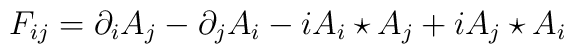
F_{ij} = \partial_i A_j-\partial_jA_i - iA_i\star A_j + iA_j\star A_i